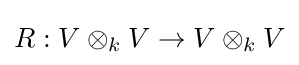
R:V\otimes _{k}V\rightarrow V\otimes _{k}V